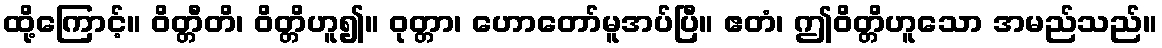
ထို့ကြောင့်။ ဝိတ္တီတိ၊ ဝိတ္တိဟူ၍။ ဝုတ္တာ၊ ဟောတော်မူအပ်ပြီ။ ဧတံ၊ ဤဝိတ္တိဟူသော အမည်သည်။